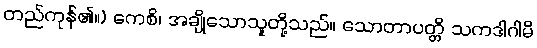
တည်ကုန်၏။) ကေစိ၊ အချို့သောသူတို့သည်။ သောတာပတ္တိ သကဒါဂါမိ